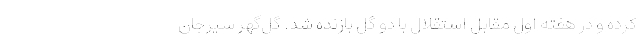
کرده و در هفته اول مقابل استقلال با دو گل بازنده شد. گل‌گهر سیرجان